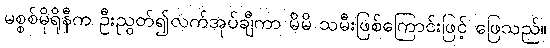
မစ္စစ်မိုရိုနီက ဦးညွတ်၍လက်အုပ်ချီကာ မိမိ သမီးဖြစ်ကြောင်းဖြင့် ဖြေသည်။